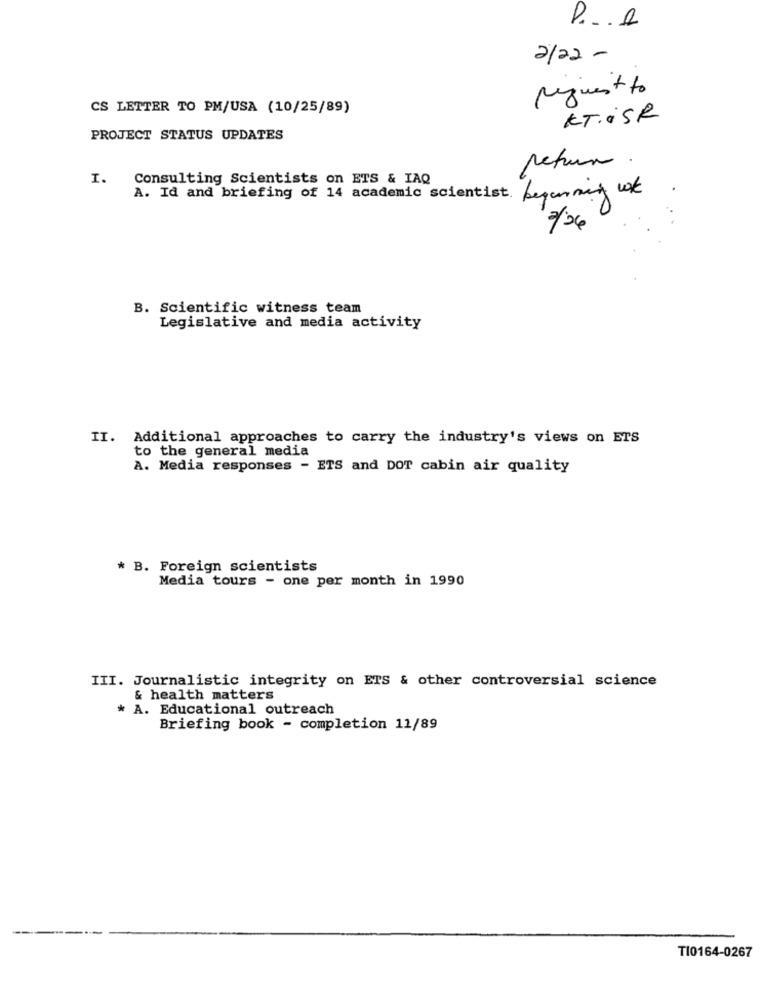
P ....
2/22 -
request to
CS LETTER TO PM/USA (10/25/89)
KT.OSR
PROJECT STATUS UPDATES
retur .
I.
Consulting Scientists on ETS & IAQ
A. Id and briefing of 14 academic scientist beginning wk
7/24
B. Scientific witness team
Legislative and media activity
II. Additional approaches to carry the industry's views on ETS
to the general media
A. Media responses - ETS and DOT cabin air quality
* B. Foreign scientists
Media tours - one per month in 1990
III. Journalistic integrity on ETS & other controversial science
& health matters
* A. Educational outreach
Briefing book - completion 11/89
--
TI0164-0267